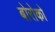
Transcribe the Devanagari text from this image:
बोरोको